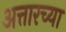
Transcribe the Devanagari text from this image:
अत्तारच्या